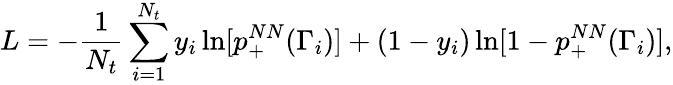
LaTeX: L=-\frac{1}{N_{t}}\sum_{i=1}^{N_{t}}y_{i}\ln[p_{+}^{NN}(\Gamma_{i})]+(1-y_{i})\ln[1-p_{+}^{NN}(\Gamma_{i})],